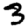
Digit: 3